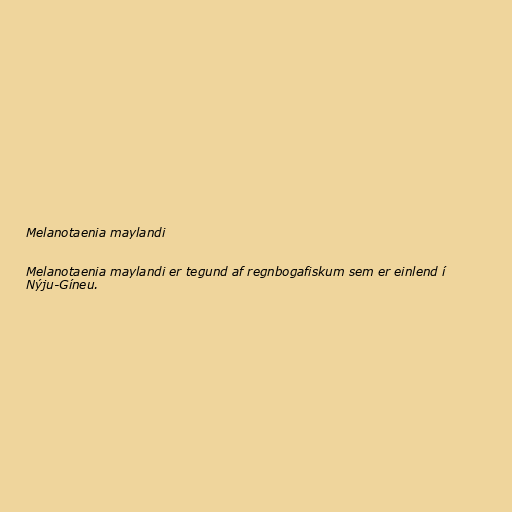
Melanotaenia maylandi

Melanotaenia maylandi er tegund af regnbogafiskum sem er einlend í
Nýju-Gíneu.